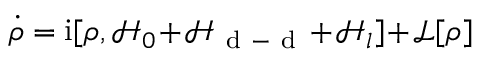
\dot { \rho } = \mathrm { i } [ \rho , \mathcal { H } _ { 0 } \! + \! \mathcal { H } _ { \mathrm { ~ d ~ - ~ d ~ } } \! + \! \mathcal { H } _ { l } ] \! + \! \mathcal { L } [ \rho ]